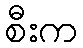
စီးက